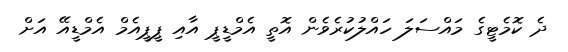
ދެ ކޮމެޓީގެ މައްސަލަ ހައްލުކުރެވެން އޮތީ އެމްޑީޕީ އާއި ޕީޕީއެމް އެމްޑީއޭ އަށް